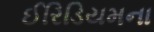
ઈરિડિયમના